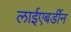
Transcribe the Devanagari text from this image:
लाईएबर्डीन